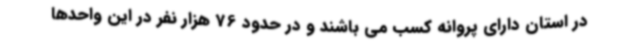
در استان دارای پروانه کسب می باشند و در حدود 76 هزار نفر در این واحدها